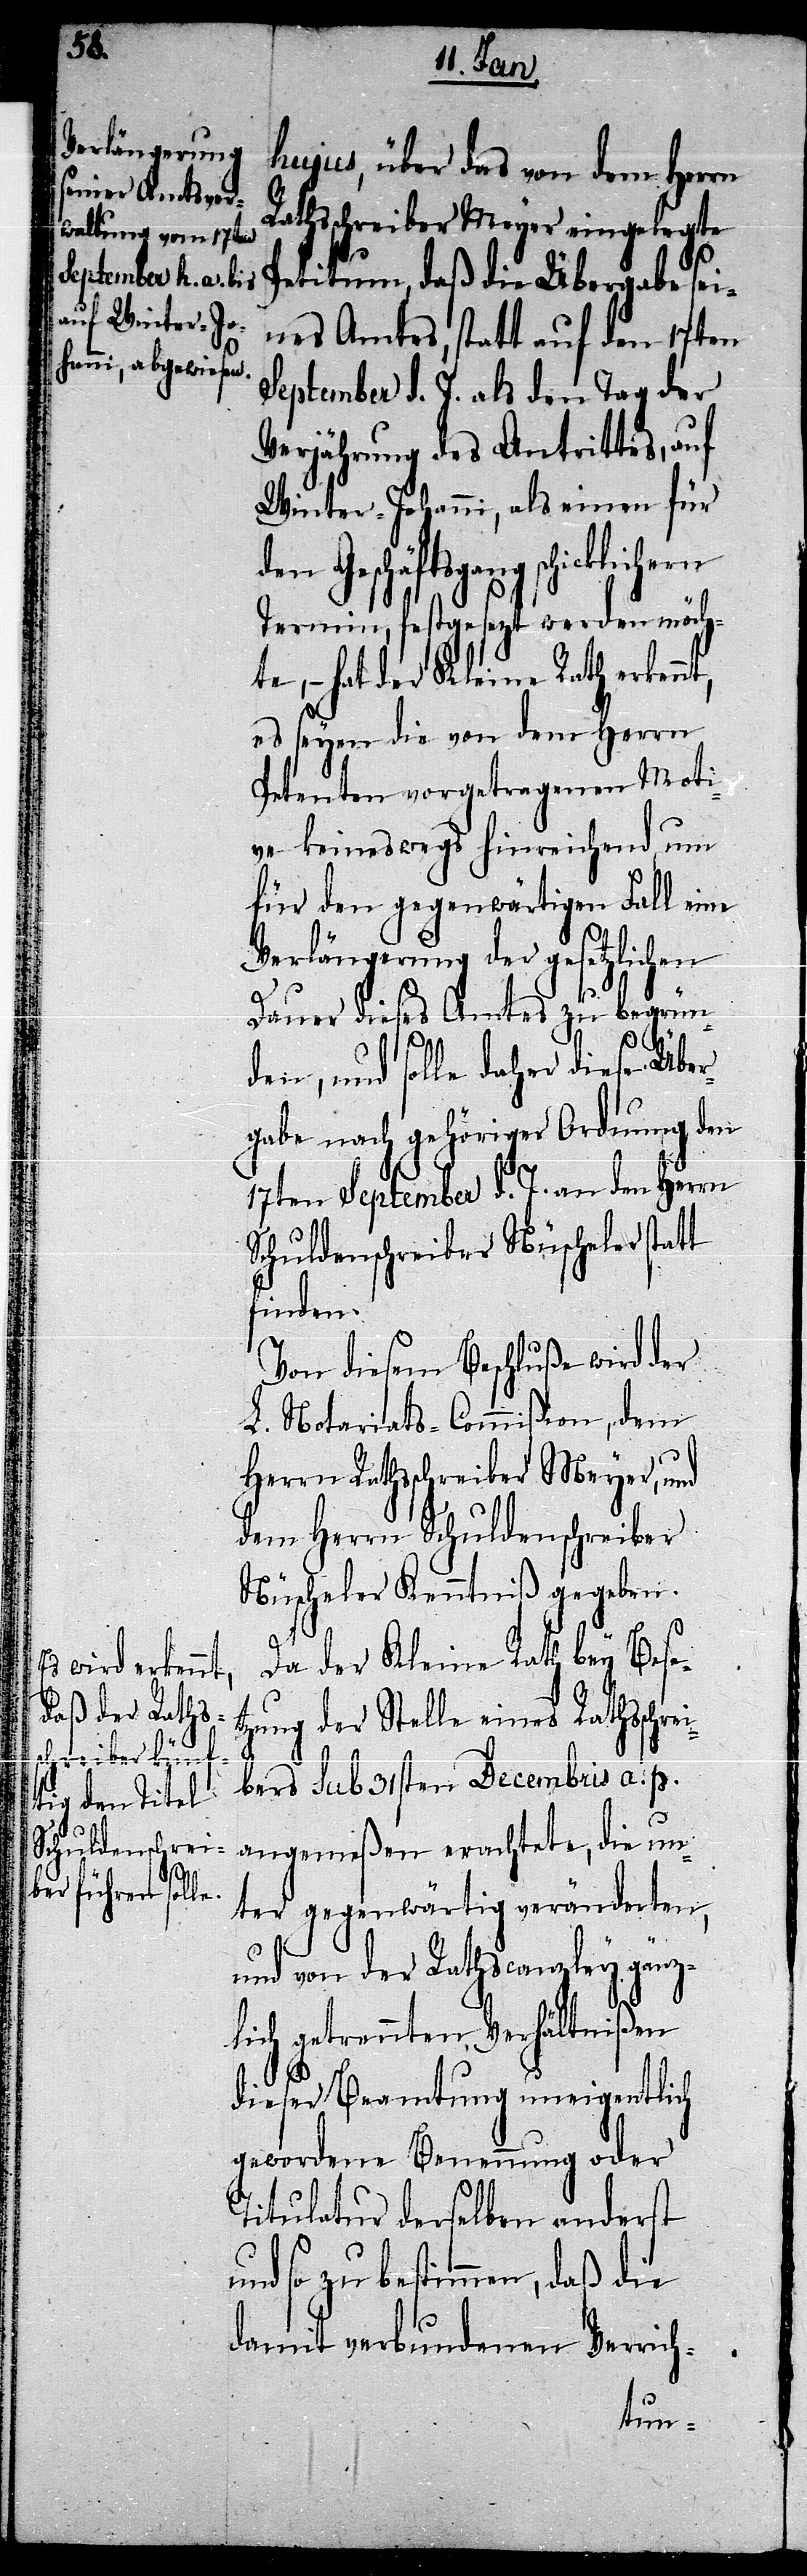
att

hujus, über das von dem Herrn
Rathsschreiber Meyer eingelegte
Petitum, daß die Übergabe sei¬
nes Amtes, statt auf den 17ten
September d. J. als den Tag der
Verjährung des Antrittes, auf
Winter-Johanni, als einen für
den Geschäftsgang schicklich¬
Termin, festgesezt werden möch¬
te, – hat der Kleine Rath erken¬
es seyen die von dem Herrn
Petenten vorgetragenen Moti¬
ve keineswegs hinreichend, um
für den gegenwärtigen Fall eine
Verlängerung der gesetzlichen
Dauer dieses Amtes zu begrün¬
den, und solle daher diese Über¬
gabe nach gehöriger Ordnung den
17ten September d. J. an den Herrn
Schuldenschreiber Nüscheler st¬
finden.
Von diesem Beschluße wird der
L. Notariats-Commißon, dem
Herrn Rathsschreiber Meyer, und
dem Herrn Schuldenschreiber
Nüscheler Kenntniß gegeben.
Da der Kleine Rath bey Bese¬
tzung der Stelle eines Rathsschrei¬
bers sub 31sten Decembris a. p.
angemeßen erachtete, die un¬
ter gegenwärtig veränderten,
und von der Rathscanzley gänz¬
lich getrennten Verhältnißen
dieser Beamtung uneigentlich
gewordene Benennung ober
Titulatur derselben anderst
so zu bestimmen, daß die
damit verbundenen Verrich-